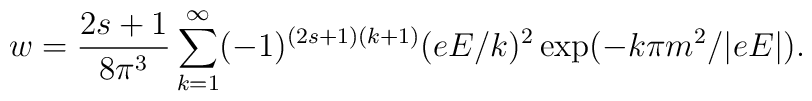
w={2s+1\over 8\pi^3} \sum_{k=1}^\infty (-1)^{(2s+1)(k+1)}(eE/ k)^2\exp(-k\pi m^2/|eE|).